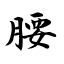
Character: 腰